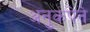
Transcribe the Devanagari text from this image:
अनुकंपेने